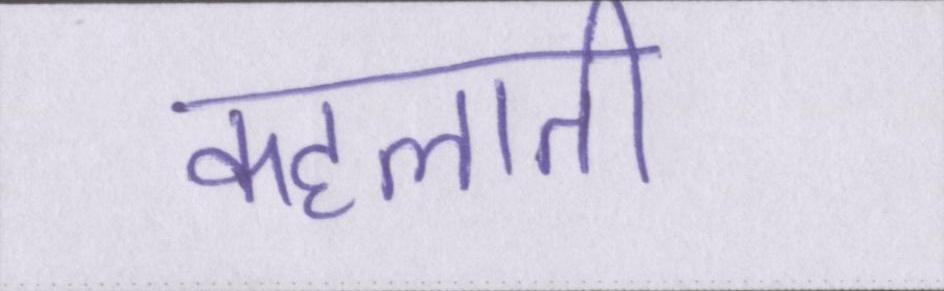
कहलाती